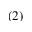
( 2 )